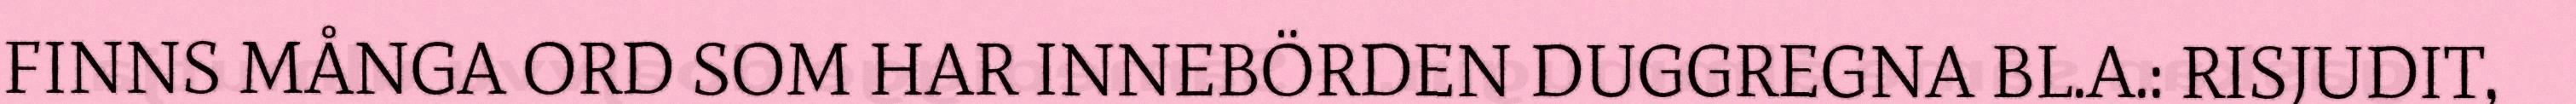
FINNS MÅNGA ORD SOM HAR INNEBÖRDEN DUGGREGNA BL.A.: RISJUDIT,